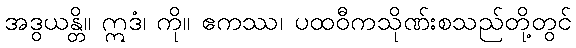
အဒွယန္တိ။ ဣဒံ၊ ကို။ ဧကဿ၊ ပထဝီကသိုဏ်းစသည်တို့တွင်